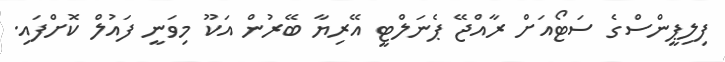
ފިލިޕީންސްގެ ސަޓޯއަށް ރާއްޖޭ ޕެނަލްޓީ އޭރިޔާ ބޭރުން އަކޫ މިވަނީ ފައުލް ކޮށްފައި.